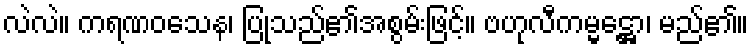
လဲလဲ။ ကရဏဝသေန၊ ပြုသည်၏အစွမ်းဖြင့်။ ဗဟုလီကမ္မဋ္ဌော၊ မည်၏။